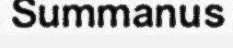
Summanus